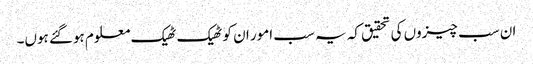
ان سب چیزوں کی تحقیق کہ یہ سب امور ان کو ٹھیک ٹھیک معلوم ہوگئے ہوں۔